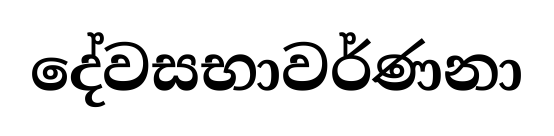
දේවසභාවර්ණනා